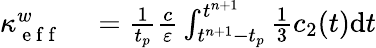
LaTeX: \begin{array}{rl}{\kappa_{\mathrm{~e~f~f~}}^{w}}&{{}=\frac{1}{t_{p}}\frac{c}{\varepsilon}\int_{t^{n+1}-t_{p}}^{t^{n+1}}\frac{1}{3}c_{2}(t)\mathrm{d}t}\end{array}